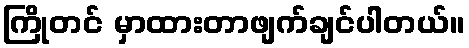
ကြိုတင် မှာထားတာဖျက်ချင်ပါတယ်။